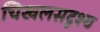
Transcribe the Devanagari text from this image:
चिखलसदृश्य